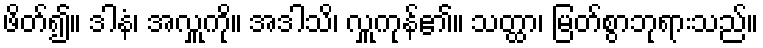
ဖိတ်၍။ ဒါနံ၊ အလှူကို။ အဒါသိ၊ လှူကုန်၏။ သတ္ထာ၊ မြတ်စွာဘုရားသည်။